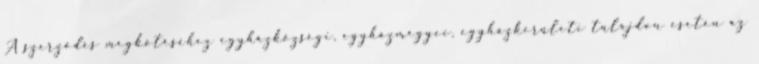
A szerződés megkötéséhez egyházközségi, egyházmegyei, egyházkerületi tulajdon esetén az